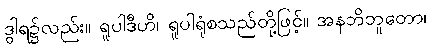
ဒွါရ၌လည်း။ ရူပါဒီဟိ၊ ရူပါရုံစသည်တို့ဖြင့်။ အနဘိဘူတော၊